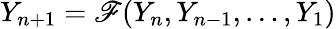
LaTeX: Y_{n+1}=\mathscr{F}(Y_{n},Y_{n-1},\ldots,Y_{1})